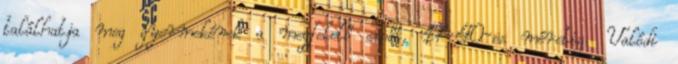
találhatja meg gyermekének a megfelelő cipőt, 17-40-es méretig. Valódi